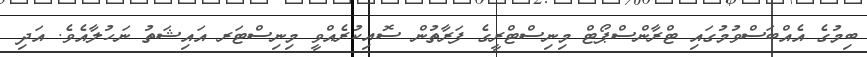
ބިމުގެ އެއްބަސްވުމުގައި ޓްރާންސްޕޯޓް މިނިސްޓްރީގެ ފަރާތުން ސޮއިކުރެއްވީ މިނިސްޓަރ އައިޝަތު ނަހުލާއެވެ. އަދި